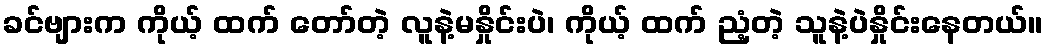
ခင်ဗျားက ကိုယ့် ထက် တော်တဲ့ လူနဲ့မနှိုင်းပဲ၊ ကိုယ့် ထက် ညံ့တဲ့ သူနဲ့ပဲနှိုင်းနေတယ်။